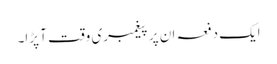
ایک دفعہ ان پر پیغمبری وقت آ پڑا۔